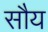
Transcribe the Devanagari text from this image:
सौय